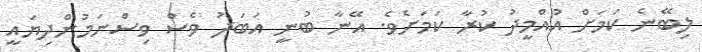
ލިބޭނެ ކަމަށް އުއްމީދު ކުރާ ކަމަށެވެ. އޭނާ ބުނީ އަބަދު ވެސް ވިސްނަމުންދިޔައީ